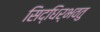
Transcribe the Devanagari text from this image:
सिद्धिर्भवतु